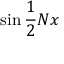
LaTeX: \sin { \frac { 1 } { 2 } } N x